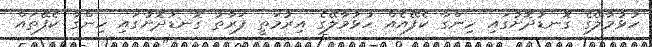
ހުޅުމާލޭގެ ގޮނޑުދޮށުގައި ހިންގާ ކެފޭއެއް ހުޅުމާލޭގެ އިރުމަތީ ފަރާތު ގޮނޑުދޮށުގައި ހިންގާ ކެފޭތައް